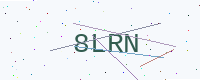
Text: 8LRN